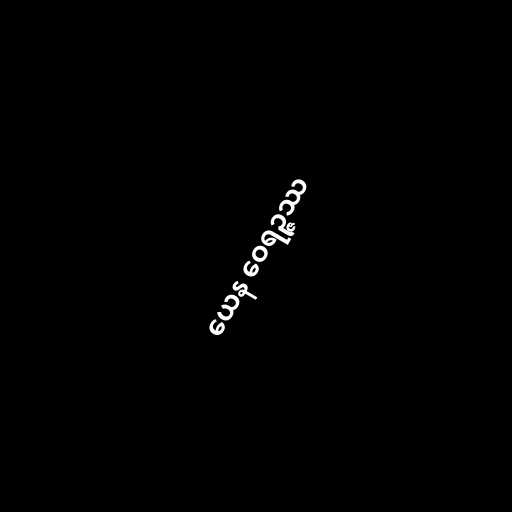
ယေန ဝေရဉ္ဇဿ